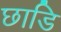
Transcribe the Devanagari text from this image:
छाडि